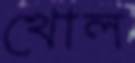
খোল